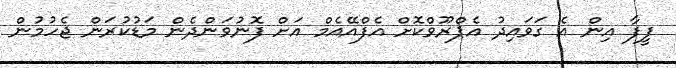
ފީފާ އިން އެ ގަވައިދު އެޕްރޫވްކޮށް އެފްއޭއެމް އަަށް ފޮނުވަންދެން މަޑުކުރަން ޖެހުމުން